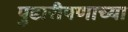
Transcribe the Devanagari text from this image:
पुढारीपणाच्या